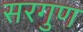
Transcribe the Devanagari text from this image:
सरगुण